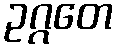
ဥဂ္ဂတေ